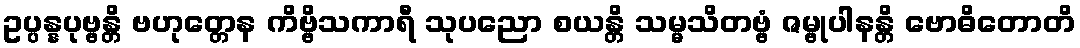
ဥပ္ပန္နပုဗ္ဗန္တိ ဗဟုတ္တေန ကိဗ္ဗိသကာရီ သုပညော စယန္တိ သမ္မသိတဗ္ဗံ ဇမ္ဗုပါနန္တိ ဗောဓိတောတိ